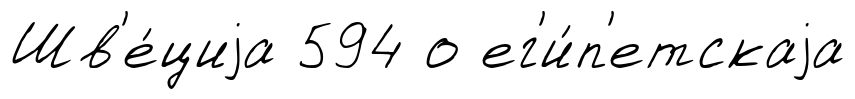
Шв'е́циjа 594 о ег'и́п'етскаjа